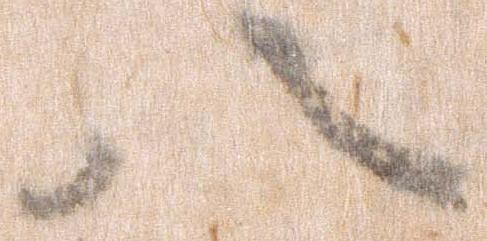
八